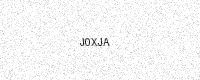
Text: J0XJA